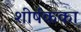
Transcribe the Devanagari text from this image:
शीर्षकका